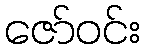
ဇော်ဝင်း